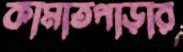
কামাতপাড়ার